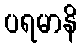
ပရမာနိ